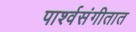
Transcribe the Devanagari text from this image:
पार्श्वसंगीतात